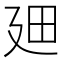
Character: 𪪮